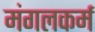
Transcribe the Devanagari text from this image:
मंगलकर्म